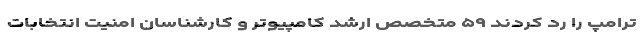
ترامپ را رد کردند ۵۹ متخصص ارشد کامپیوتر و کارشناسان امنیت انتخابات